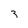
Character: 3